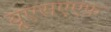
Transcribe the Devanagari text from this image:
यूएसएएफ़